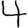
Digit: 4